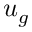
u _ { g }